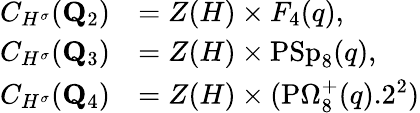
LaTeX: \begin{array}{rl}{C_{H^{\sigma}}({\mathbf Q}_{2})}&{=Z(H)\times F_{4}(q),}\\ {C_{H^{\sigma}}({\mathbf Q}_{3})}&{=Z(H)\times\mathrm{PSp}_{8}(q),}\\ {C_{H^{\sigma}}({\mathbf Q}_{4})}&{=Z(H)\times(\mathrm{P}\Omega_{8}^{+}(q).2^{2})}\end{array}